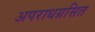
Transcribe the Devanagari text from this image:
अपराधग्रसित